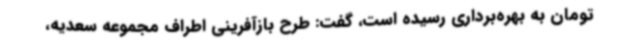
تومان به بهره‌برداری رسیده است، گفت: طرح بازآفرینی اطراف مجموعه سعدیه،